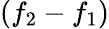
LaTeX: (f_{2}-f_{1})